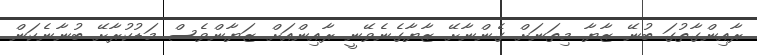
ރާއިންގާތުގަ ބުނޭ ޒާޔާ މިތަނަށް ގެންނާށޭ ޒާޔާގެނެވޭނީ ރާއިންއަށް ޒަޔާންވެސް މަޑުކުރާށޭ ބުނާނެކަން